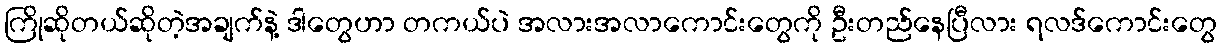
ကြိုဆိုတယ်ဆိုတဲ့အချက်နဲ့ ဒါတွေဟာ တကယ်ပဲ အလားအလာကောင်းတွေကို ဦးတည်နေပြီလား ရလဒ်ကောင်းတွေ